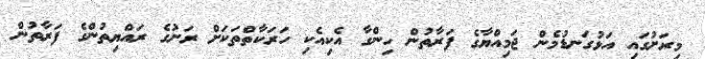
މިރަށުގައި އަޅުގަނޑުމެން ޖަމިއްޔާގެ ފަރާތުން ހިންގާ އެކިއެކި ހަރަކާތްތަކަށް ރަށުގެ ރައްޔިތުންގެ ފަރާތުން